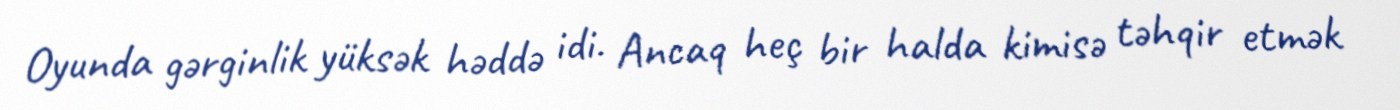
Oyunda gərginlik yüksək həddə idi. Ancaq heç bir halda kimisə təhqir etmək